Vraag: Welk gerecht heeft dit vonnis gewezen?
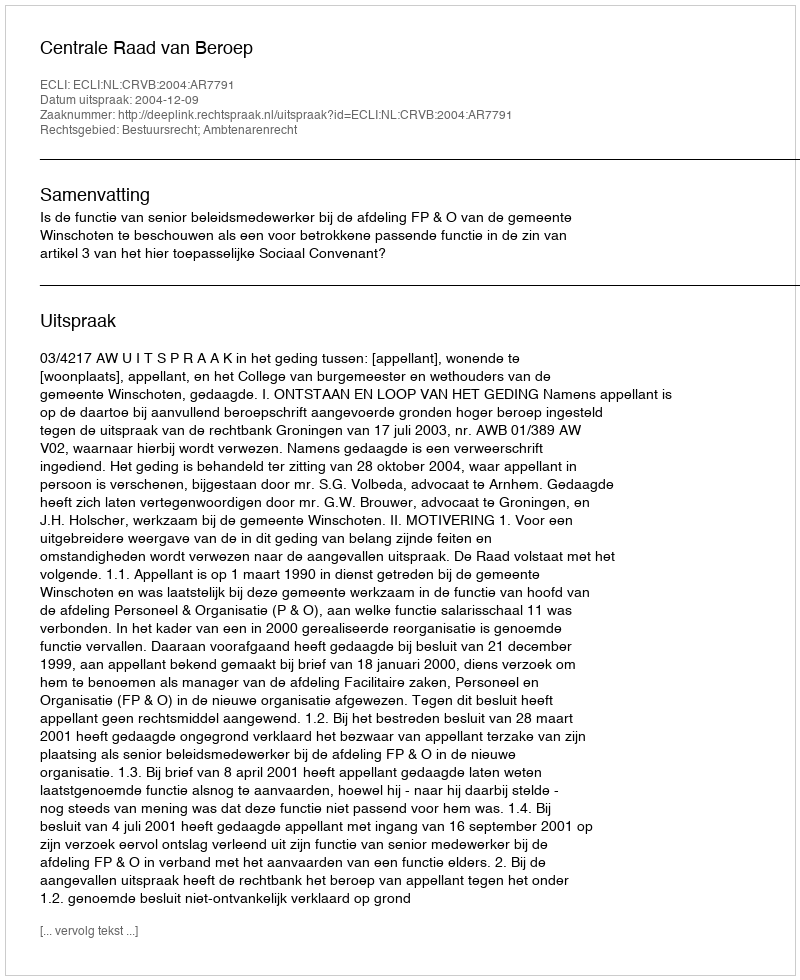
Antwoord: Centrale Raad van Beroep